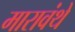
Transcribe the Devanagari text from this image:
मारावंथे